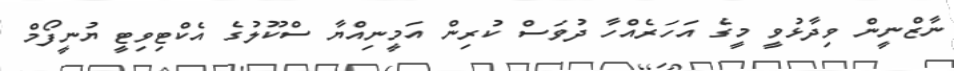
ނާޒްނީން ވިދާޅުވީ މީގެ އަހަރެއްހާ ދުވަސް ކުރިން އަމީނިއްޔާ ސްކޫލުގެ އެކްޓިވިޓީ ޔުނީފޯމް